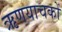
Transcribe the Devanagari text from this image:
ऋणयाचकों